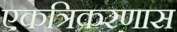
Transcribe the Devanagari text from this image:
एकत्रिकरणास